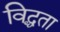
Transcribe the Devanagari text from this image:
विद्धता